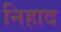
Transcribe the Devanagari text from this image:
निहाद